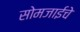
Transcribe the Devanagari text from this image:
सोमजाईचे